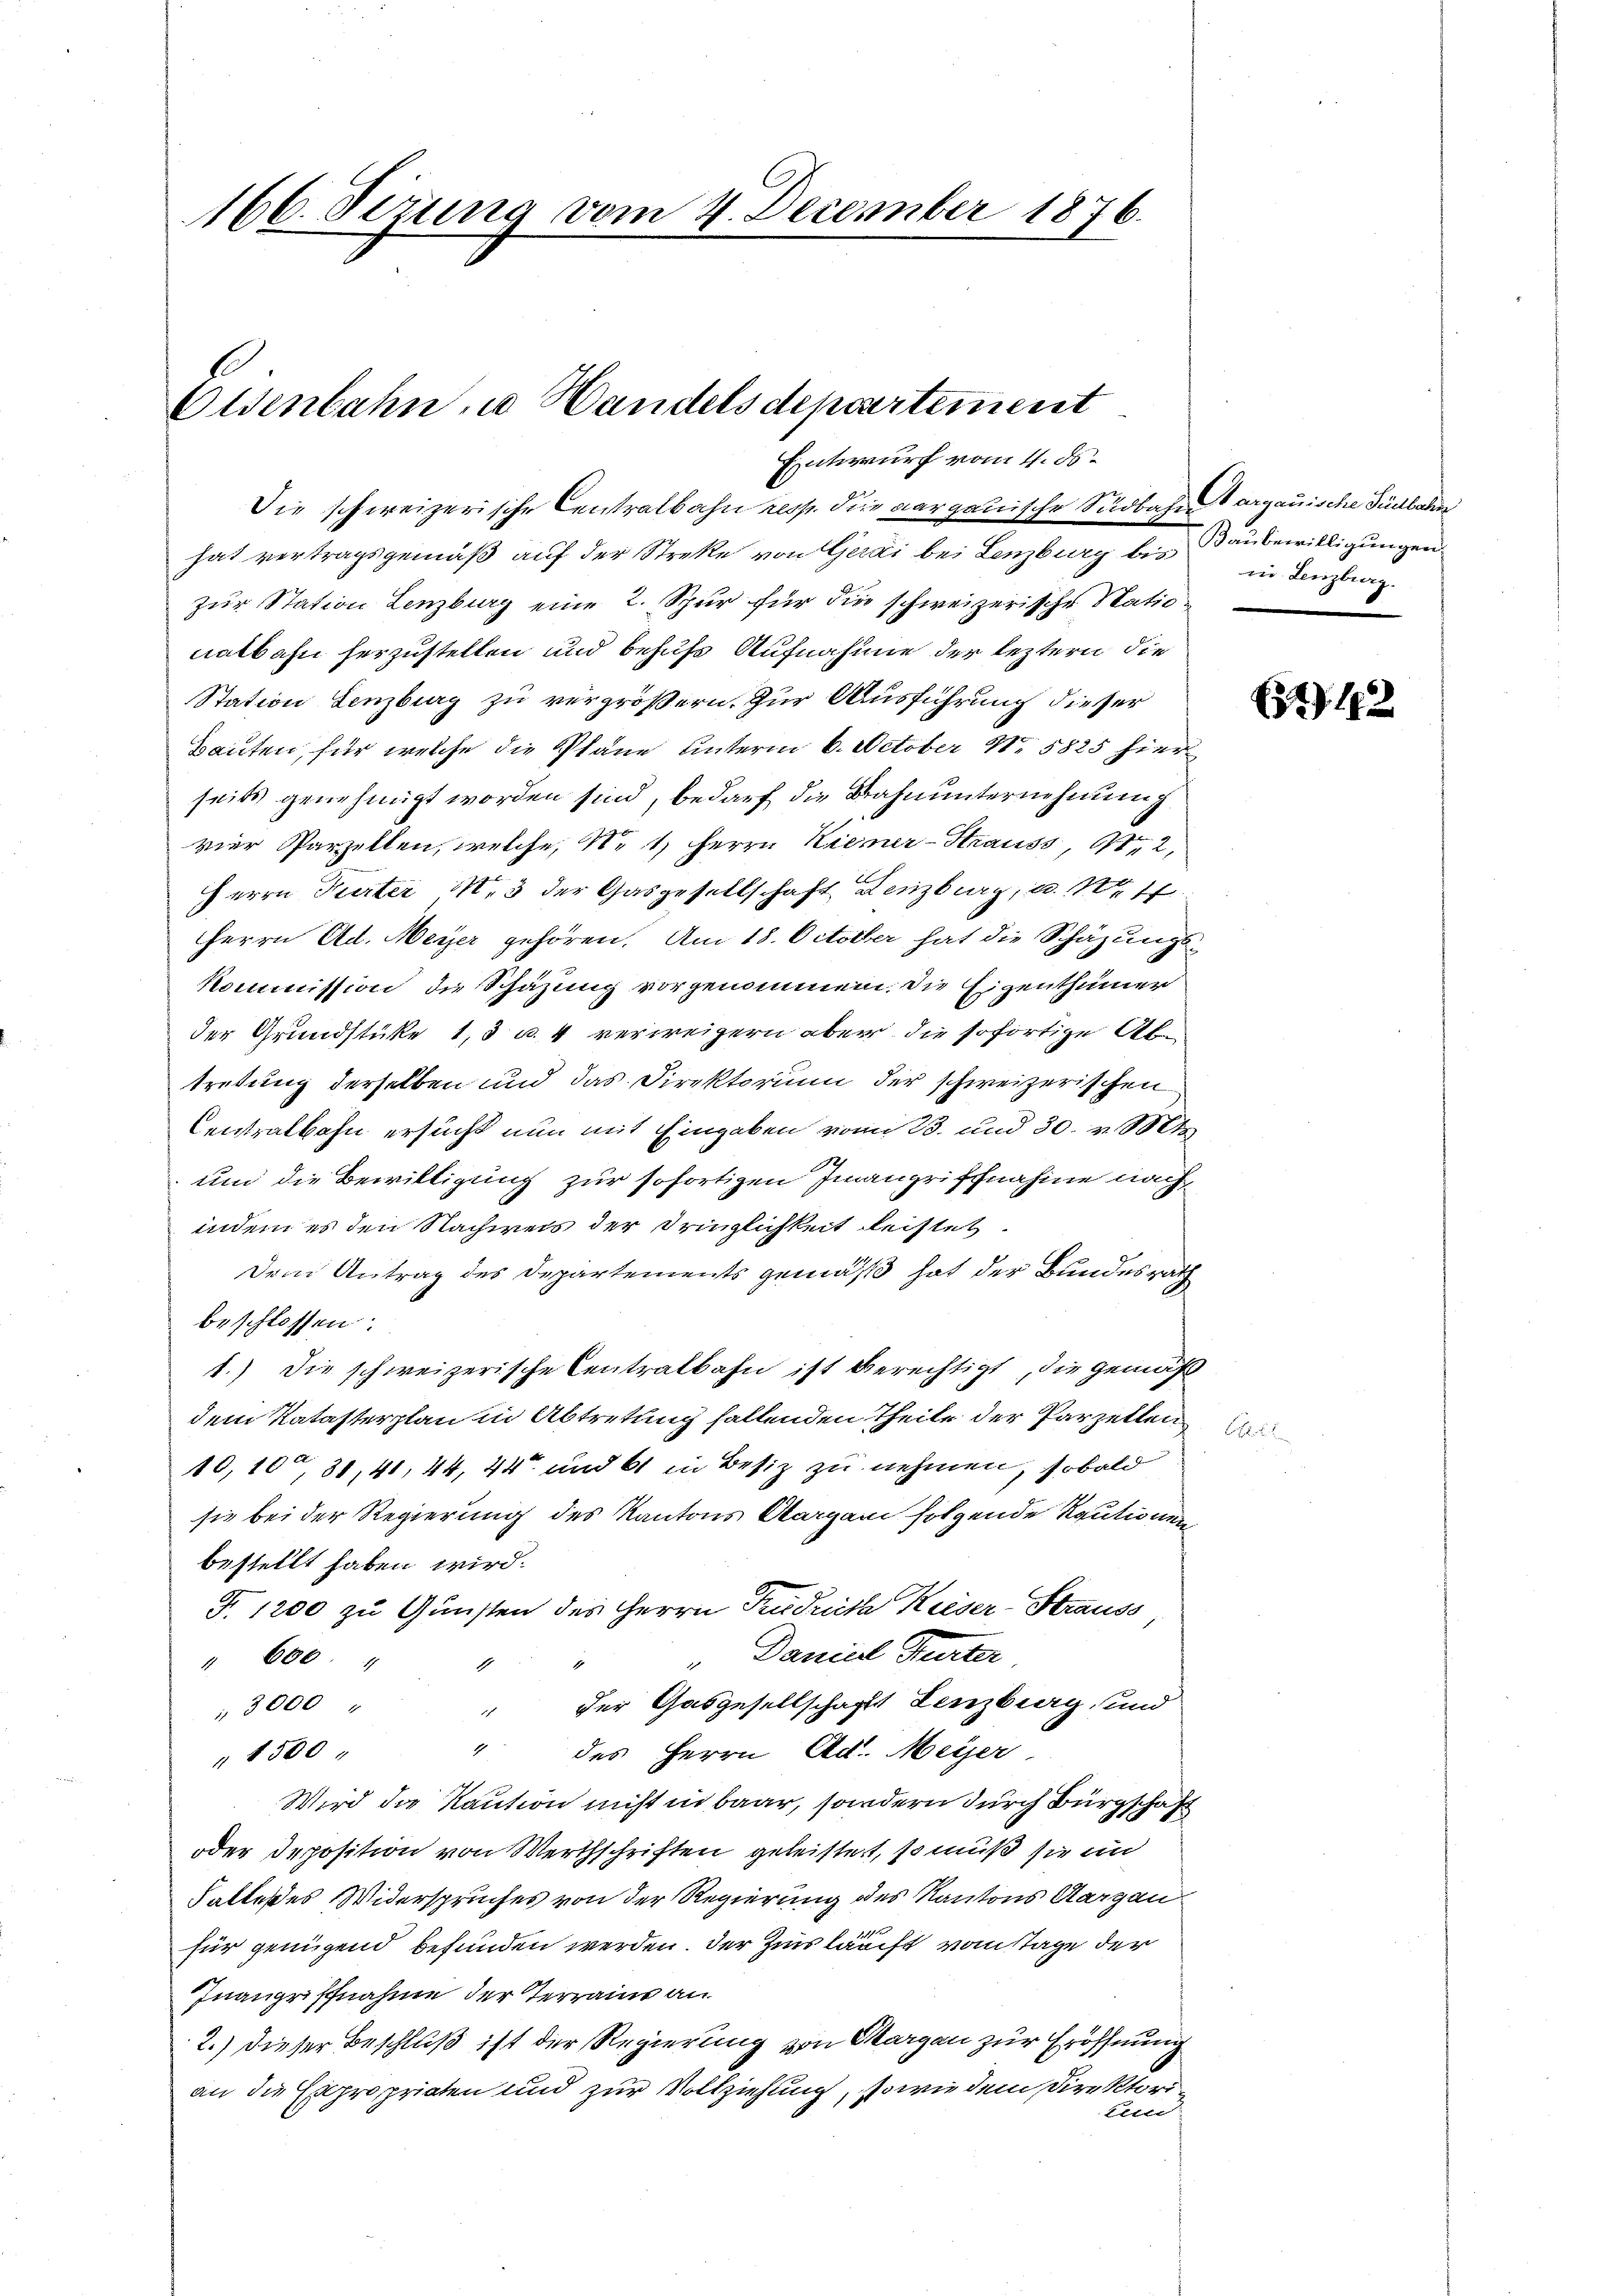
166. Sezung vom 4. December 1876.

Eisenbahn, u. Handels departement
Entwurf vom 11. ds.

Die schweizerische Centralbahn resp. die aargauische Südbahn argauische Südbahn
hat vertragsgemäß auf der Streke von Gerei bei Lenzburg bis Baubewilligungen
zur Station Lenzburg eine 2. Spur für die schweizerische Nationatbahn herzustellen und behufs Aufnahme der leztern die
Station Lenzburg zu vergrößern. Zur Ausführung dieser
Bauten, für welche die Pläne unterm 6. October N. 5825 hier
seits genehmigt worden sind, bedarf die Bahnunternehmung
vier Parzellen, welche, No 1 Herrn Kiemer-Strauss, 112,
Herrn Parter 1, 3 der Gasgesellschaft Lenzburg, a. 1717
Herrn Ad. Meyer gehören. Am 18. October hat die Schazungs
Kommission die Schazung vorgenommen. Die Eigenthümer
der Grundstüke 1, 3 u. 4 verweigern aber die sofortige Abtretung derselben und das Direktorium der schweizerischen
Centralbahn ersucht nun mit Eingaben vom 23. und 30. v. Mt
uum die Bewilligung zur sofortigen Inangriffnahme nach
indem es den Nachweis der Dringlichkeit leistet.
Dem Antrag des Departements gemäß hat der Bundesrath
beschlossen:
1.) Die schweizerische Centralbahn ist berechtigt, die Gemäß
dem Katasterplan in Abtretung fallenden Theile der Parzellen
10,100, 30, 41, 44, 44 und 61 in Besiz zu nehmen, sobald
sie bei der Regierung des Kantons Aargau folgende Kautionen
bestellt haben wird.
Fr. 1200 zu Gunsten des Herrn Produite Kieser-Strauss
Daniel Teater
" 666. 4
1
1
" der Gasgesellschaft Lenzburg, und
 3000
" des Herrn Ad. Meyer,
" 1500
Wird die Kaution nicht in baar, sondern durch Bürgschaft
oder Deposition von Werthschriften geleistert, so muß sie un
Falte des Widerspruches von der Regierung des Kantons Aargau
für genügend befunden werden. Der Zinsläuft vom Tage der
Inangriffnahme der Terrains an
2.) Dieser Beschluß ist der Regierung von Margau zur Eröffnung
an die Expropriaten und zur Vollziehung, sowie dem Direktori¬
Elter

un Lenzburg.

E

3) 192